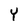
Character: Y